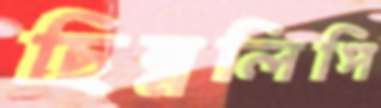
ছিন্নলিপি